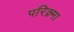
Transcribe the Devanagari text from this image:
परिक्र्मा